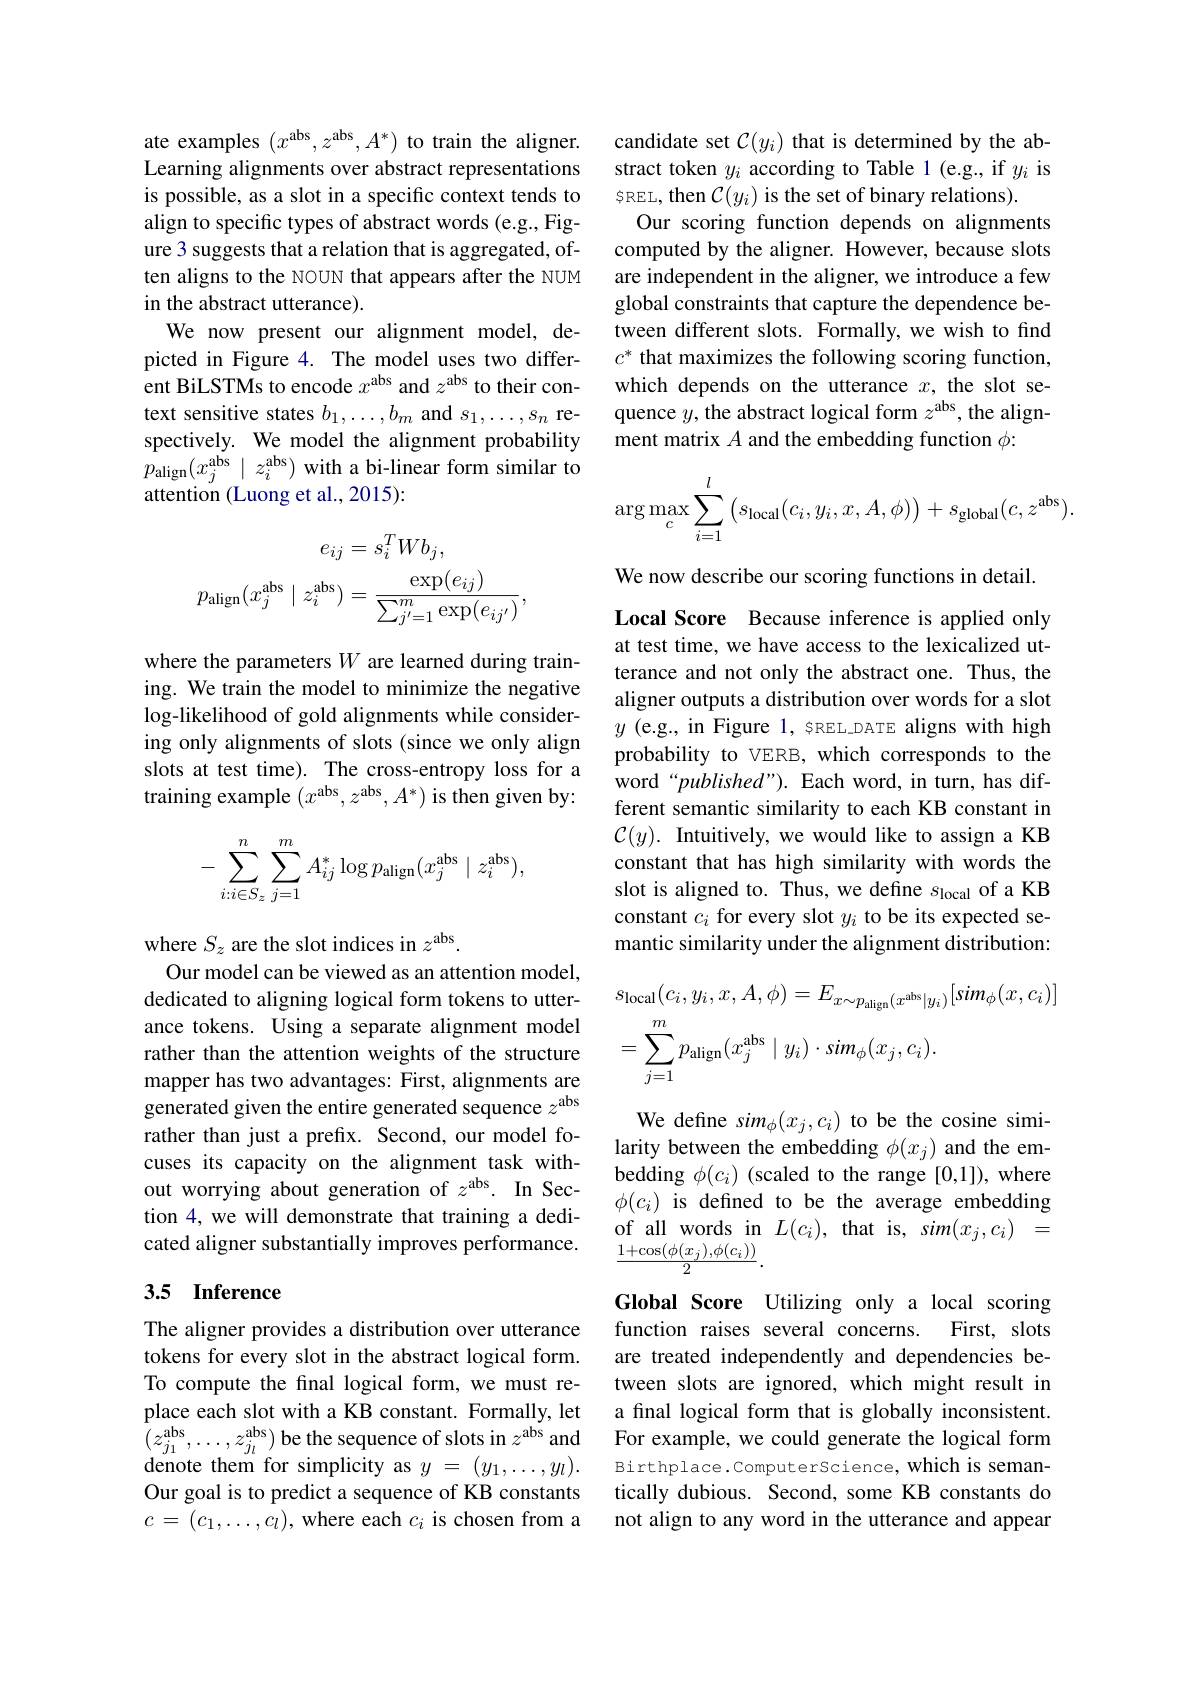
ate examples $(x^\mathrm{abs},z^\mathrm{abs},A^*)$ to train the aligner. Learning alignments over abstract representations is possible, as a slot in a specific context tends to align to specific types of abstract words (e.g., Figure 3 suggests that a relation that is aggregated, often aligns to the NOUN that appears after the NUM in the abstract utterance).
We now present our alignment model, depicted in Figure 4. The model uses two different BiLSTMs to encode $x^\mathrm{abs}$ and $z^\mathrm{abs}$ to their context sensitive states $b_1,\ldots,b_m$ and $s_1,\ldots,s_n$ respectively. We model the alignment probability $p_{\mathrm{align}}(x_{j}^{\mathrm{abs}}\mid z_{i}^{\mathrm{abs}})$ with a bi-linear form similar to attention (Luong et al., 2015):
$$\begin{aligned}e_{ij}&=s_{i}^{T}Wb_{j},\\p_{\mathrm{align}}(x_{j}^{\mathrm{abs}}\mid z_{i}^{\mathrm{abs}})&=\frac{\exp(e_{ij})}{\sum_{j^{\prime}=1}^{m}\exp(e_{ij^{\prime}})},\end{aligned}$$
where the parameters $W$ are learned during training. We train the model to minimize the negative log-likelihood of gold alignments while considering only alignments of slots (since we only align slots at test time). The cross-entropy loss for a training example $(x^\mathrm{abs},z^\mathrm{abs},A^*)$ is then given by:
$$-\sum_{i:i\in S_z}\sum_{j=1}^mA_{ij}^*\log p_{\mathrm{align}}(x_j^{\mathrm{abs}}\mid z_i^{\mathrm{abs}}),$$
where $S_z$ are the slot indices in $z^\mathrm{abs}.$
Our model can be viewed as an attention model, dedicated to aligning logical form tokens to utterance tokens. Using a separate alignment model rather than the attention weights of the structure mapper has two advantages: First, alignments are generated given the entire generated sequence $z^\mathrm{abs}$ rather than just a prefix. Second, our model focuses its capacity on the alignment task without worrying about generation of $z^\mathrm{abs}.$ In Section 4, we will demonstrate that training a dedicated aligner substantially improves performance.

## 3.5 Inference

The aligner provides a distribution over utterance tokens for every slot in the abstract logical form. To compute the final logical form, we must redenote them for simplicity as $y=(y_1,\ldots,y_l).$ Our goal is to predict a sequence of KB constants $c=(c_1,\ldots,c_l)$, where each $c_i$ is chosen from a

candidate set $\mathcal{C}(y_i)$ that is determined by the abstract token $y_{i}$ according to Table 1(e.g., if $y_{i}$ is $\xi$REL, then $\mathcal{C}(y_i)$ is the set of binary relations).
Our scoring function depends on alignments computed by the aligner. However, because slots are independent in the aligner, we introduce a few global constraints that capture the dependence between different slots. Formally, we wish to find $c^*$ that maximizes the following scoring function, which depends on the utterance $x$, the slot sequence $y$,the abstract logical form $z^\mathrm{abs}$,the alignment matrix $A$ and the embedding function $\phi:$
$$\arg\max_c\sum\limits_{i=1}^l\left(s_{\mathrm{local}}(c_i,y_i,x,A,\phi)\right)+s_{\mathrm{global}}(c,z^{\mathrm{abs}}).$$
We now describe our scoring functions in detail.

Local Score Because inference is applied only at test time, we have access to the lexicalized utterance and not only the abstract one. Thus, the aligner outputs a distribution over words for a slot $y$ (e.g., in Figure 1, sREL\_DATE aligns with high probability to VERB, which corresponds to the word“published”). Each word, in turn, has different semantic similarity to each KB constant in $\mathcal{C}(y).$ Intuitively, we would like to assign a KB constant that has high similarity with words the slot is aligned to. Thus, we define $s_\mathrm{local}$ of a KB constant $c_i$ for every slot $y_i$ to be its expected semantic similarity under the alignment distribution:
$$\begin{aligned}&s_{\mathrm{local}}(c_{i},y_{i},x,A,\phi)=E_{x\sim p_{\mathrm{align}}(x^{\mathrm{abs}}|y_{i})}[sim_{\phi}(x,c_{i})]\\&=\sum_{j=1}^{m}p_{\mathrm{align}}(x_{j}^{\mathrm{abs}}\mid y_{i})\cdot sim_{\phi}(x_{j},c_{i}).\end{aligned}$$
We define $sim_\phi(x_j,c_i)$ to be the cosine similarity between the embedding $\phi(x_j)$ and the embedding $\phi(c_i)$ (scaled to the range[0,1]),where $\phi(c_{i})$ is defined to be the average embedding of all words in $L(c_i)$, that is, sim$(x_j,c_i)=$ $\frac{1+\cos(\phi(x_j),\phi(c_i))}2.$

Global Score Utilizing only a local scoring function raises several concerns. First, slots are treated independently and dependencies between slots are ignored, which might result in
place each slot with a KB constant. Formally, let a final logical form that is globally inconsistent. $( z_{j_1}^{\mathrm{abs}}, \ldots , z_{j_l}^{\mathrm{abs}})$ be the sequence of slots in $z^{\mathrm{abs}}$and For example, we could generate the logical form dorot thom
Birthplace.ComputerScience, which is semantically dubious. Second, some KB constants do not align to any word in the utterance and appear